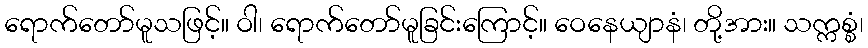
ရောက်တော်မူသဖြင့်။ ဝါ၊ ရောက်တော်မူခြင်းကြောင့်။ ဝေနေယျာနံ၊ တို့အား။ သက္ကစ္စံ၊